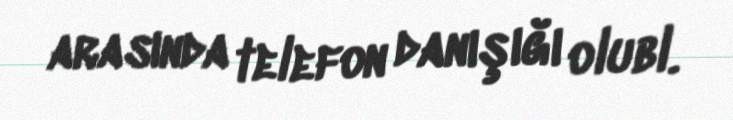
arasında telefon danışığı olubl.